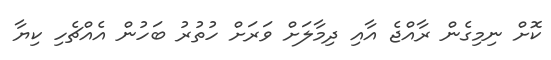
ކޮށް ނިމިގެން ރާއްޖެ އާއި ދިމާލަށް ވަރަށް ހުުތުރު ބަހުން އެއްޗެހި ކިޔާ